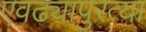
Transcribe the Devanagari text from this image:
एवढ्यापुरत्या